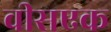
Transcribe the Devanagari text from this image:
वीसएक